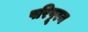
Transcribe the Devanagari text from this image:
परिपूरन